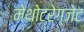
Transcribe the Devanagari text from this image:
मेथोट्रेग्जेट